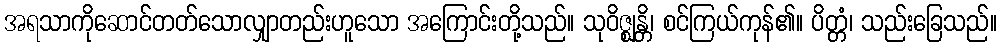
အရသာကိုဆောင်တတ်သောလျှာတည်းဟူသော အကြောင်းတို့သည်။ သုဝိဇ္ဈန္တိ၊ စင်ကြယ်ကုန်၏။ ပိတ္တံ၊ သည်းခြေသည်။